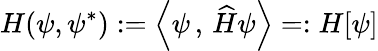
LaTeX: H(\psi,\psi^{*}):=\left<\psi\, ,\, \widehat{H}\psi\right>=:H[\psi]